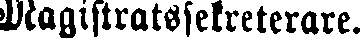
Magistratssekreterare.